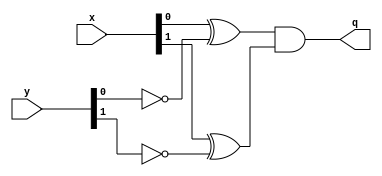
// macro
`define FORWARDING_V



module equal_2bit(x, y, q);
  input [1:0] x, y;
  output q;
  wire wirex, wirey, ny0, ny1;
    not n1(ny0, y[0]),
        n2(ny1, y[1]);
    xor xor1(wirex, x[0], ny0),
        xor2(wirey, x[1], ny1);
    and a1(q, wirex, wirey);
endmodule


module ForwardingUnit(IDEX_rs, IDEX_rt, EXMEM_rd, MEMWB_rd, EXMEM_RegWrite, MEMWB_RegWrite, fA, fB);
  input [1:0] IDEX_rs, IDEX_rt, EXMEM_rd, MEMWB_rd;
  input EXMEM_RegWrite, MEMWB_RegWrite;
  output [1:0] fA, fB;
  wire oe1, oe2, oe3, oe4, oe5, ne3, ne4, ne5, ne7;
	
	equal_2bit e1(IDEX_rs, EXMEM_rd, oe1),
						 e2(IDEX_rt, EXMEM_rd, oe2),
						 e3(EXMEM_rd, 2'b0, oe3),
						 e4(MEMWB_rd, 2'b0, oe4),
						 e5(EXMEM_rd, IDEX_rs, oe5),
						 e6(MEMWB_rd, IDEX_rs, oe6),
						 e7(EXMEM_rd, IDEX_rt, oe7),
						 e8(MEMWB_rd, IDEX_rt, oe8);
						 
	not note3(ne3, oe3),
			note4(ne4, oe4),
			note5(ne5, oe5),
			note7(ne7, oe7);
	
	and aFB10(fB[1], ne3, oe2, EXMEM_RegWrite),
			aFA10(fA[1], oe1, ne3, EXMEM_RegWrite),
			aFA01(fA[0], MEMWB_RegWrite, ne4, ne5, oe6),
			aFB01(fB[0], ne7, oe8, ne4, MEMWB_RegWrite);
			
endmodule